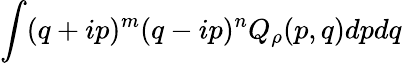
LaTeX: \int(q+ip)^{m}(q-ip)^{n}Q_{\rho}(p,q)dpdq